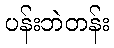
ပန်းဘဲတန်း